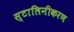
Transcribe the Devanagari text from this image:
स्टालिनीकरण